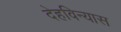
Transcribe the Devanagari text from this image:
देहविन्यास